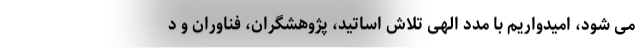
می شود، امیدواریم با مدد الهی تلاش اساتید، پژوهشگران، فناوران و د